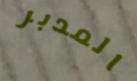
المدبر